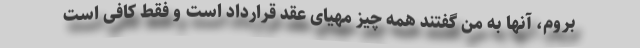
بروم، آنها به من گفتند همه چیز مهیای عقد قرارداد است و فقط کافی است